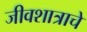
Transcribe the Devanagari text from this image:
जीवशात्राचे